Annual administration report of the Civil Veterinary Department, Sind - 1939-1940
Year: 1939
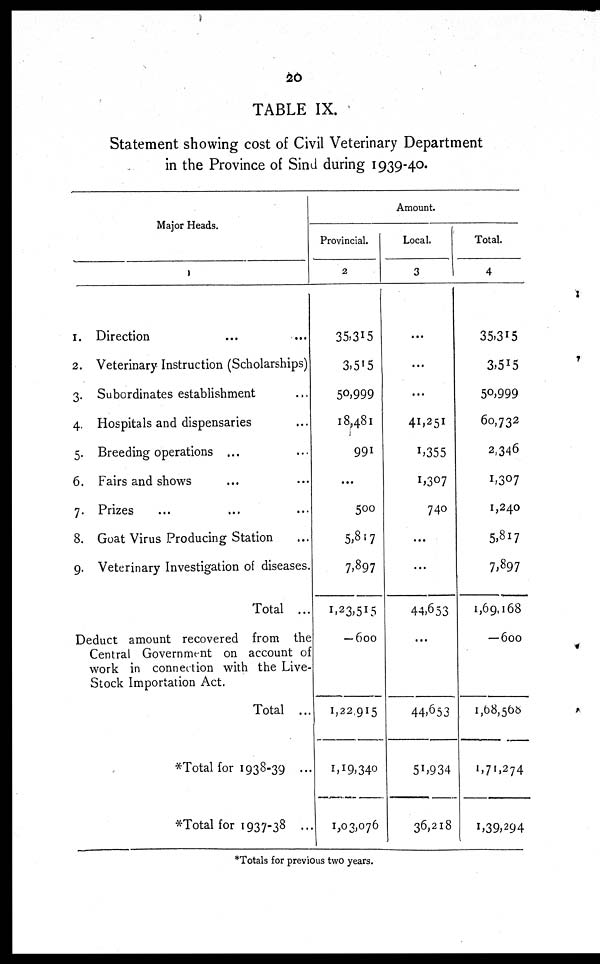
20
TABLE IX.
Statement showing cost of Civil Veterinary Department
in the Province of Sind during 1939-40.
Major Heads.
1
1. Direction ...
2. Veterinary Instruction (Scholarships)
3. Subordinates establishment ...
4. Hospitals and dispensaries ...
5. Breeding operations ... ...
6. Fairs and shows ... ...
7. Prizes ... ... ...
8. Goat Virus Producing Station ...
9. Veterinary Investigation of diseases.
Total ...
Deduct amount recovered from the
Central Government on account of
work in connection with the Live-
stock Importation Act.
Total ...
*Total for 1938-39 ...
*Total for 1937-38 ...
Amount.
Provincial.
2
35,315
3,515
50,999
18,481
991
...
500
5,817
7,897
1,23,515
—600
1,22,915
1,19,340
1,03,076
Local.
3
...
...
...
41,251
1,355
1,307
740
...
...
44,653
...
44,653
51,934
36,218
Total.
4
35,315
3,515
50,999
60,732
2,346
1,307
1,240
5,817
7,897
1,69,168
— 600
1,68,568
1,71,274
1,39,294
*Totals for previous two years.